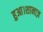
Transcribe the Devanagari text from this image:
हुआ।शानाज़